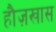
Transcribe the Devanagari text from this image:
हौज़खास